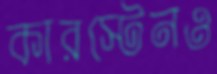
কারস্টেনও